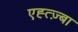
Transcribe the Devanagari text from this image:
एह्त्ज़्बा